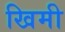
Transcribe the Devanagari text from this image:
खिमी